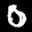
Label: 0